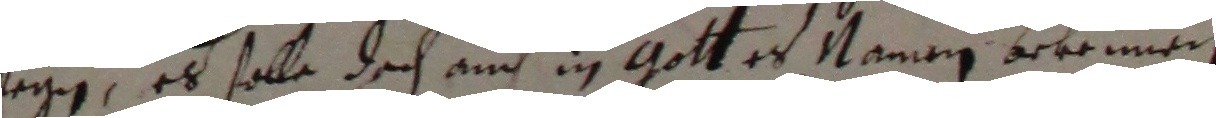
tegen, es solle doch auch in gott es namen bekennen